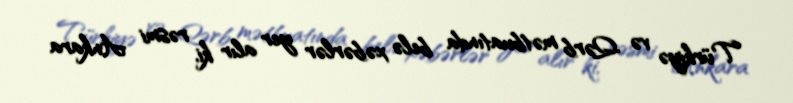
Türkiyə və Qərb mətbuatında belə xəbərlər yer alır ki, rəsmi Ankara